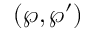
( \wp , \wp ^ { \prime } )